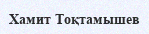
Хамит Тоқтамышев